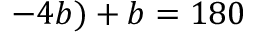
- 4 b ) + b = 1 8 0